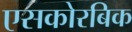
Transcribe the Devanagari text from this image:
एसकोरबिक